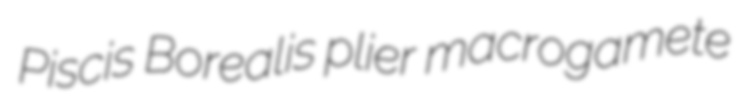
Piscis Borealis plier macrogamete